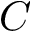
C